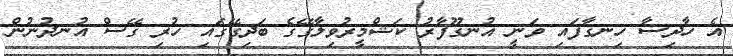
އެ ހާދިސާ ހިނގާފައި ވަނީ އުނގޫފާރު ކަޝްމީރުވިލާގޭގެ ބަދިގޭގައި ހުރި ގޭސް އުނދުނުން